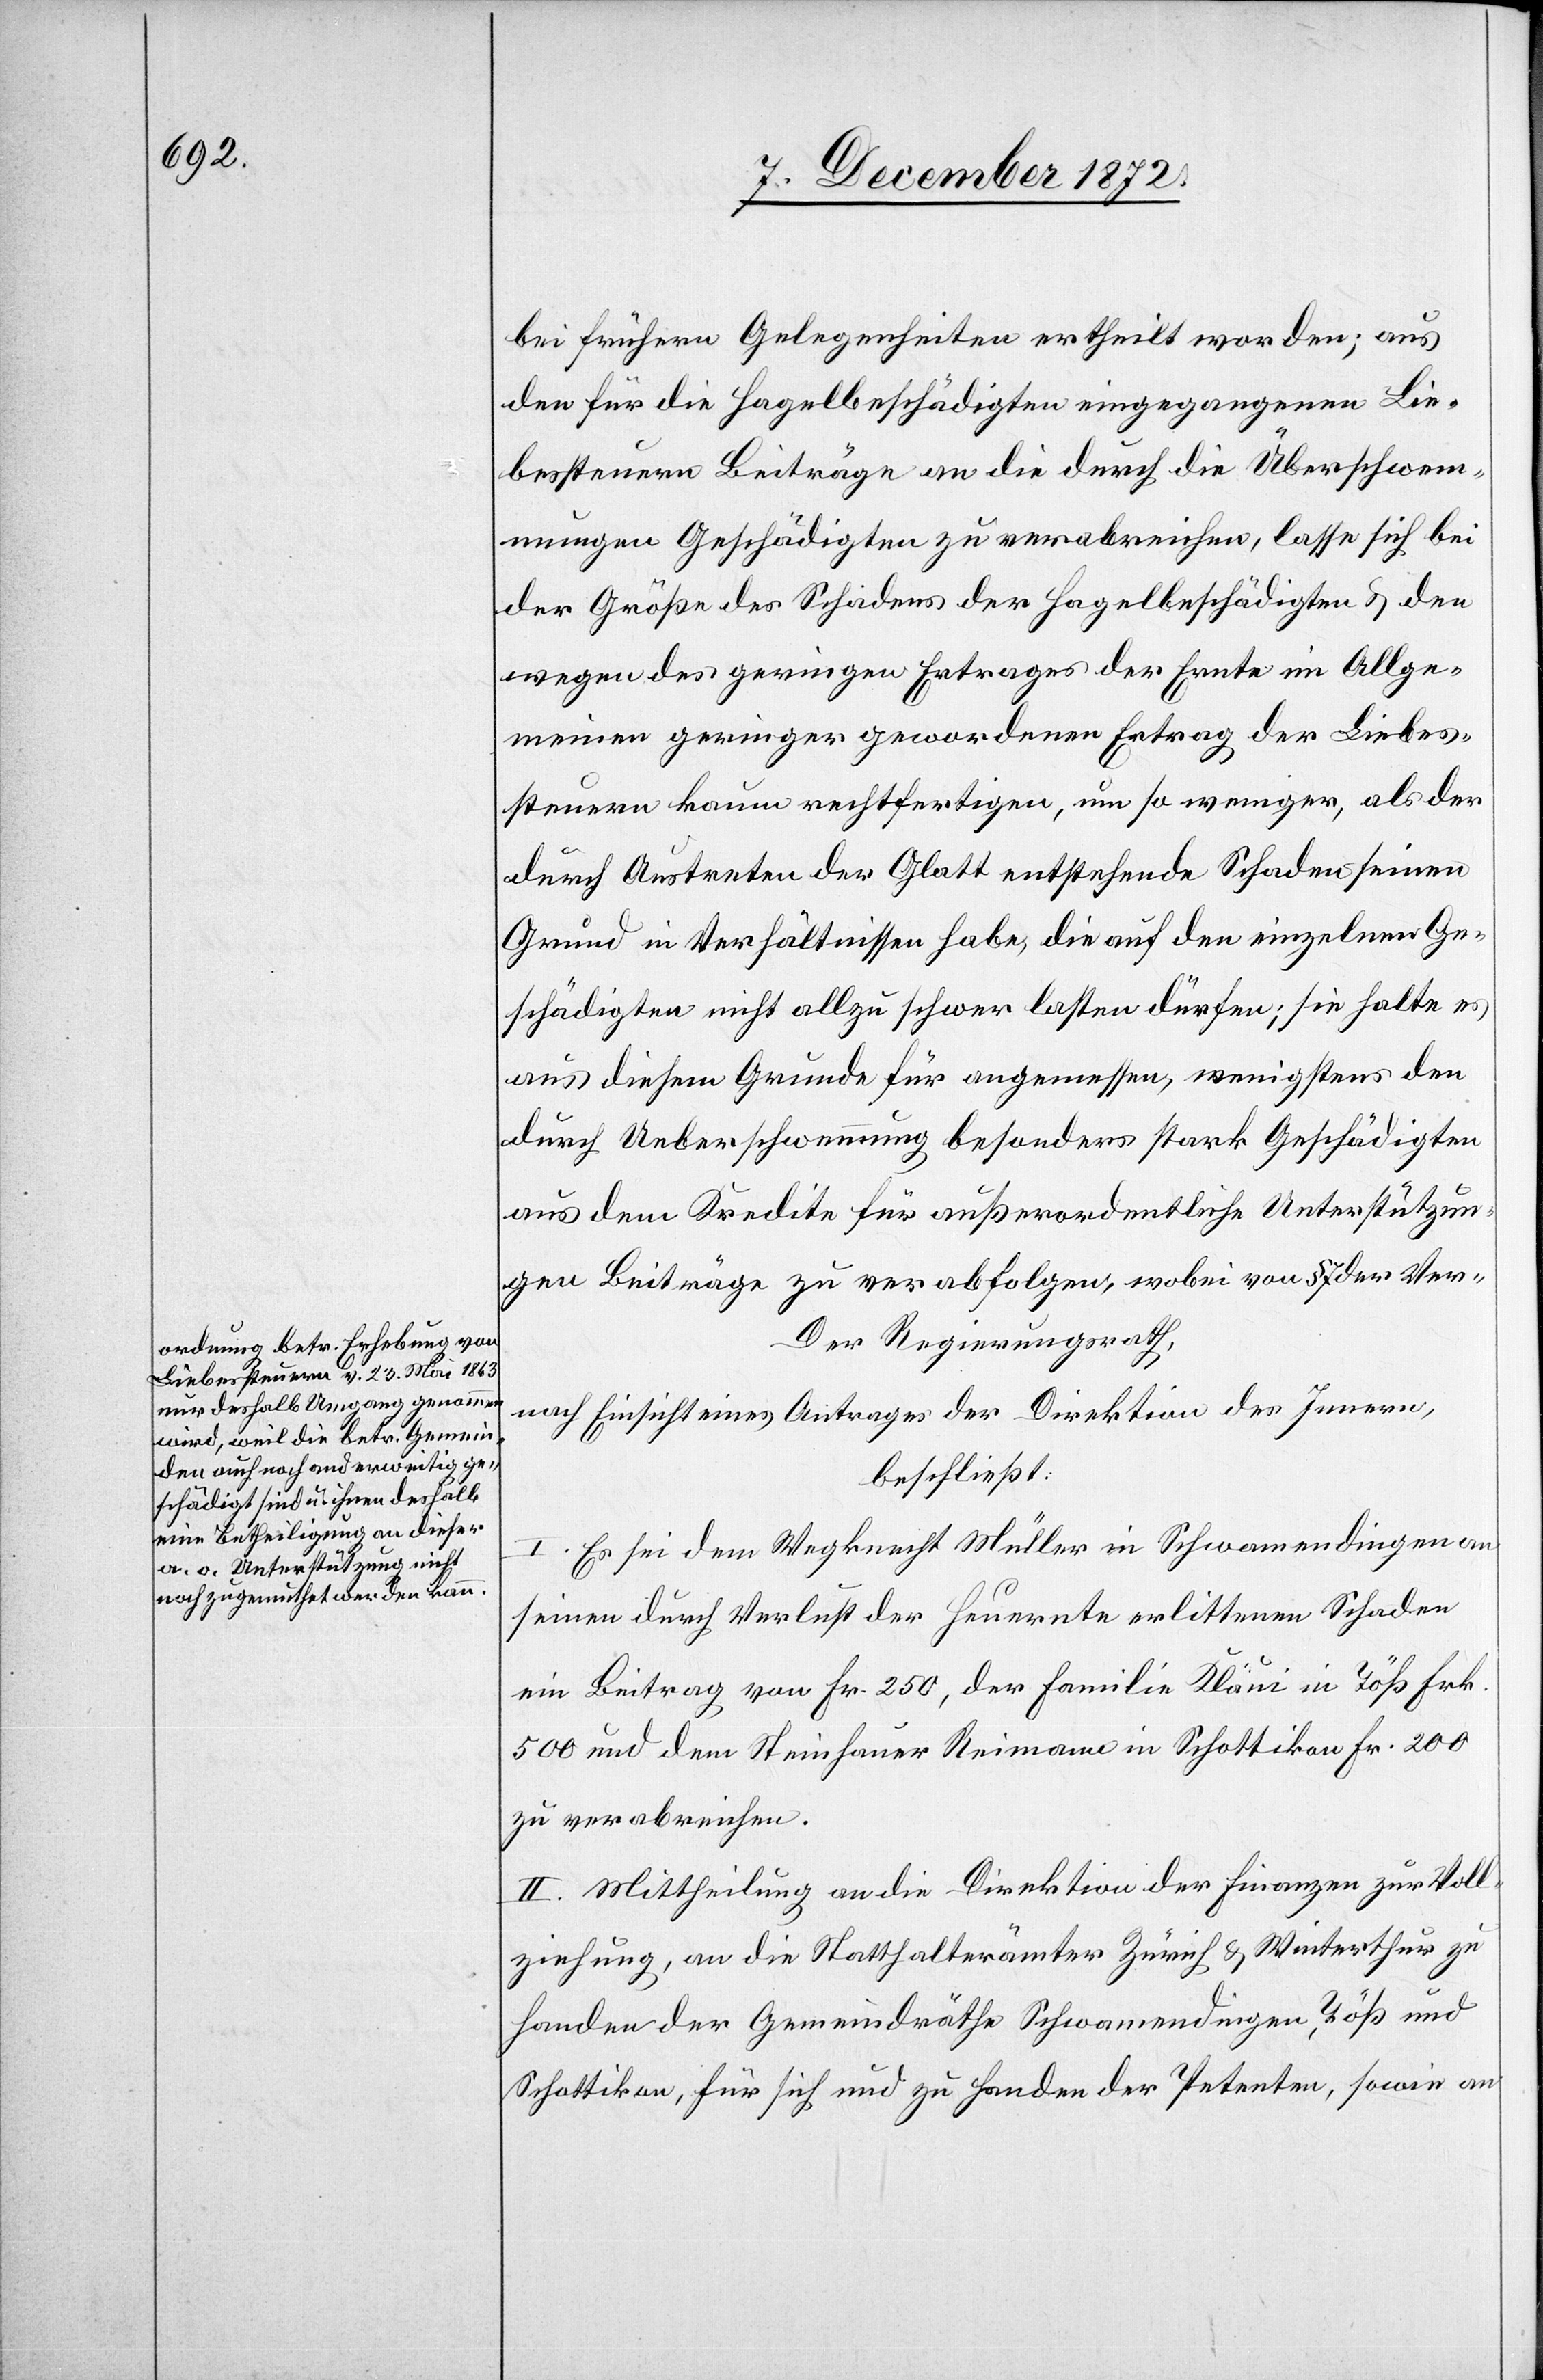
a-ordnung betr. Erhebung von
Liebessteuern v. 23. Mai 1863
nur deshalb Umgang genommen
wird, weil die betr. Gemein¬
den auch noch anderweitig ge¬
schädigt sind u. ihnen deshalb
eine Betheiligung an dieser
a. o. Unterstützung nicht
noch zugemuthet werden kann.-a

bei frühern Gelegenheiten ertheilt worden; aus
den für die Hagelbeschädigten eingegangenen Lie¬
bessteuern Beiträge an die durch die Überschwem¬
mungen Geschädigten zu verabreichen, lasse sich bei
der Größe des Schadens der Hagelbeschädigten u. den
wegen des geringen Ertrages der Ernte im Allge¬
meinen geringer gewordenen Ertrag der Liebes¬
steuern kaum rechtfertigen, um so weniger, als der
durch Austreten der Glatt entstehende Schaden seinen
Grund in Verhältnissen habe, die auch den einzelnen Ge¬
schädigten nicht allzu schwer lasten dürfen; sie halte es
aus diesem Grunde für angemessen, wenigstens den
durch Ueberschwemmung besonders stark Geschädigten
aus dem Kredite für außerordentliche Unterstützun¬
gen Beiträge zu verabfolgen, wobei von § 7 der Ver¬
Der Regierungsrath,
nach Einsicht eines Antrages der Direktion des Innern,
beschließt:
Es sei dem Wegknecht Müller in Schwamendingen an
seinen durch Verlust der Heuernte erlittenen Schaden
ein Beitrag von Fr. 250, der Familie Kläui [sic!] in Töß Frk.
500 und dem Steinhauer Reimann in Schottikon Fr. 200
zu verabreichen.
II. Mittheilung an die Direktion der Finanzen zur Voll¬
ziehung, an die Statthalterämter Zürich u. Winterthur zu
Handen der Gemeindräthe Schwamendingen, Töß und
Schottikon, für sich und zu Handen der Petenten, sowie an